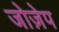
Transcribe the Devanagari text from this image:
जोज़ेप